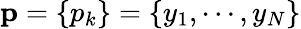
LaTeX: {\mathbf p}=\{ p_{k}\} =\{ y_{1},\cdots,y_{N}\}